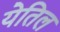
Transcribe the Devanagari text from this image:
येतिल